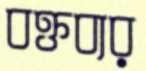
বক্তব্যর